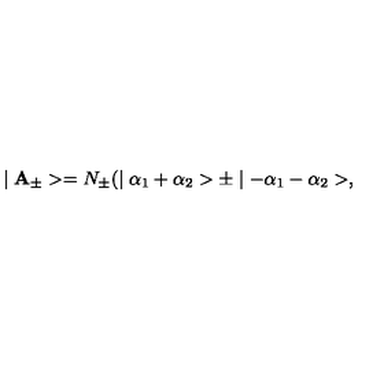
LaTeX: \mid { \bf A } _ { \pm } > = N _ { \pm } ( \mid \alpha _ { 1 } + \alpha _ { 2 } > \pm \mid - \alpha _ { 1 } - \alpha _ { 2 } > ,